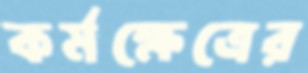
কর্মক্ষেত্রের